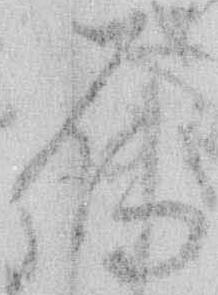
烏